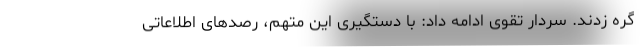
گره زدند. سردار تقوی ادامه داد: با دستگیری این متهم، رصد‌های اطلاعاتی